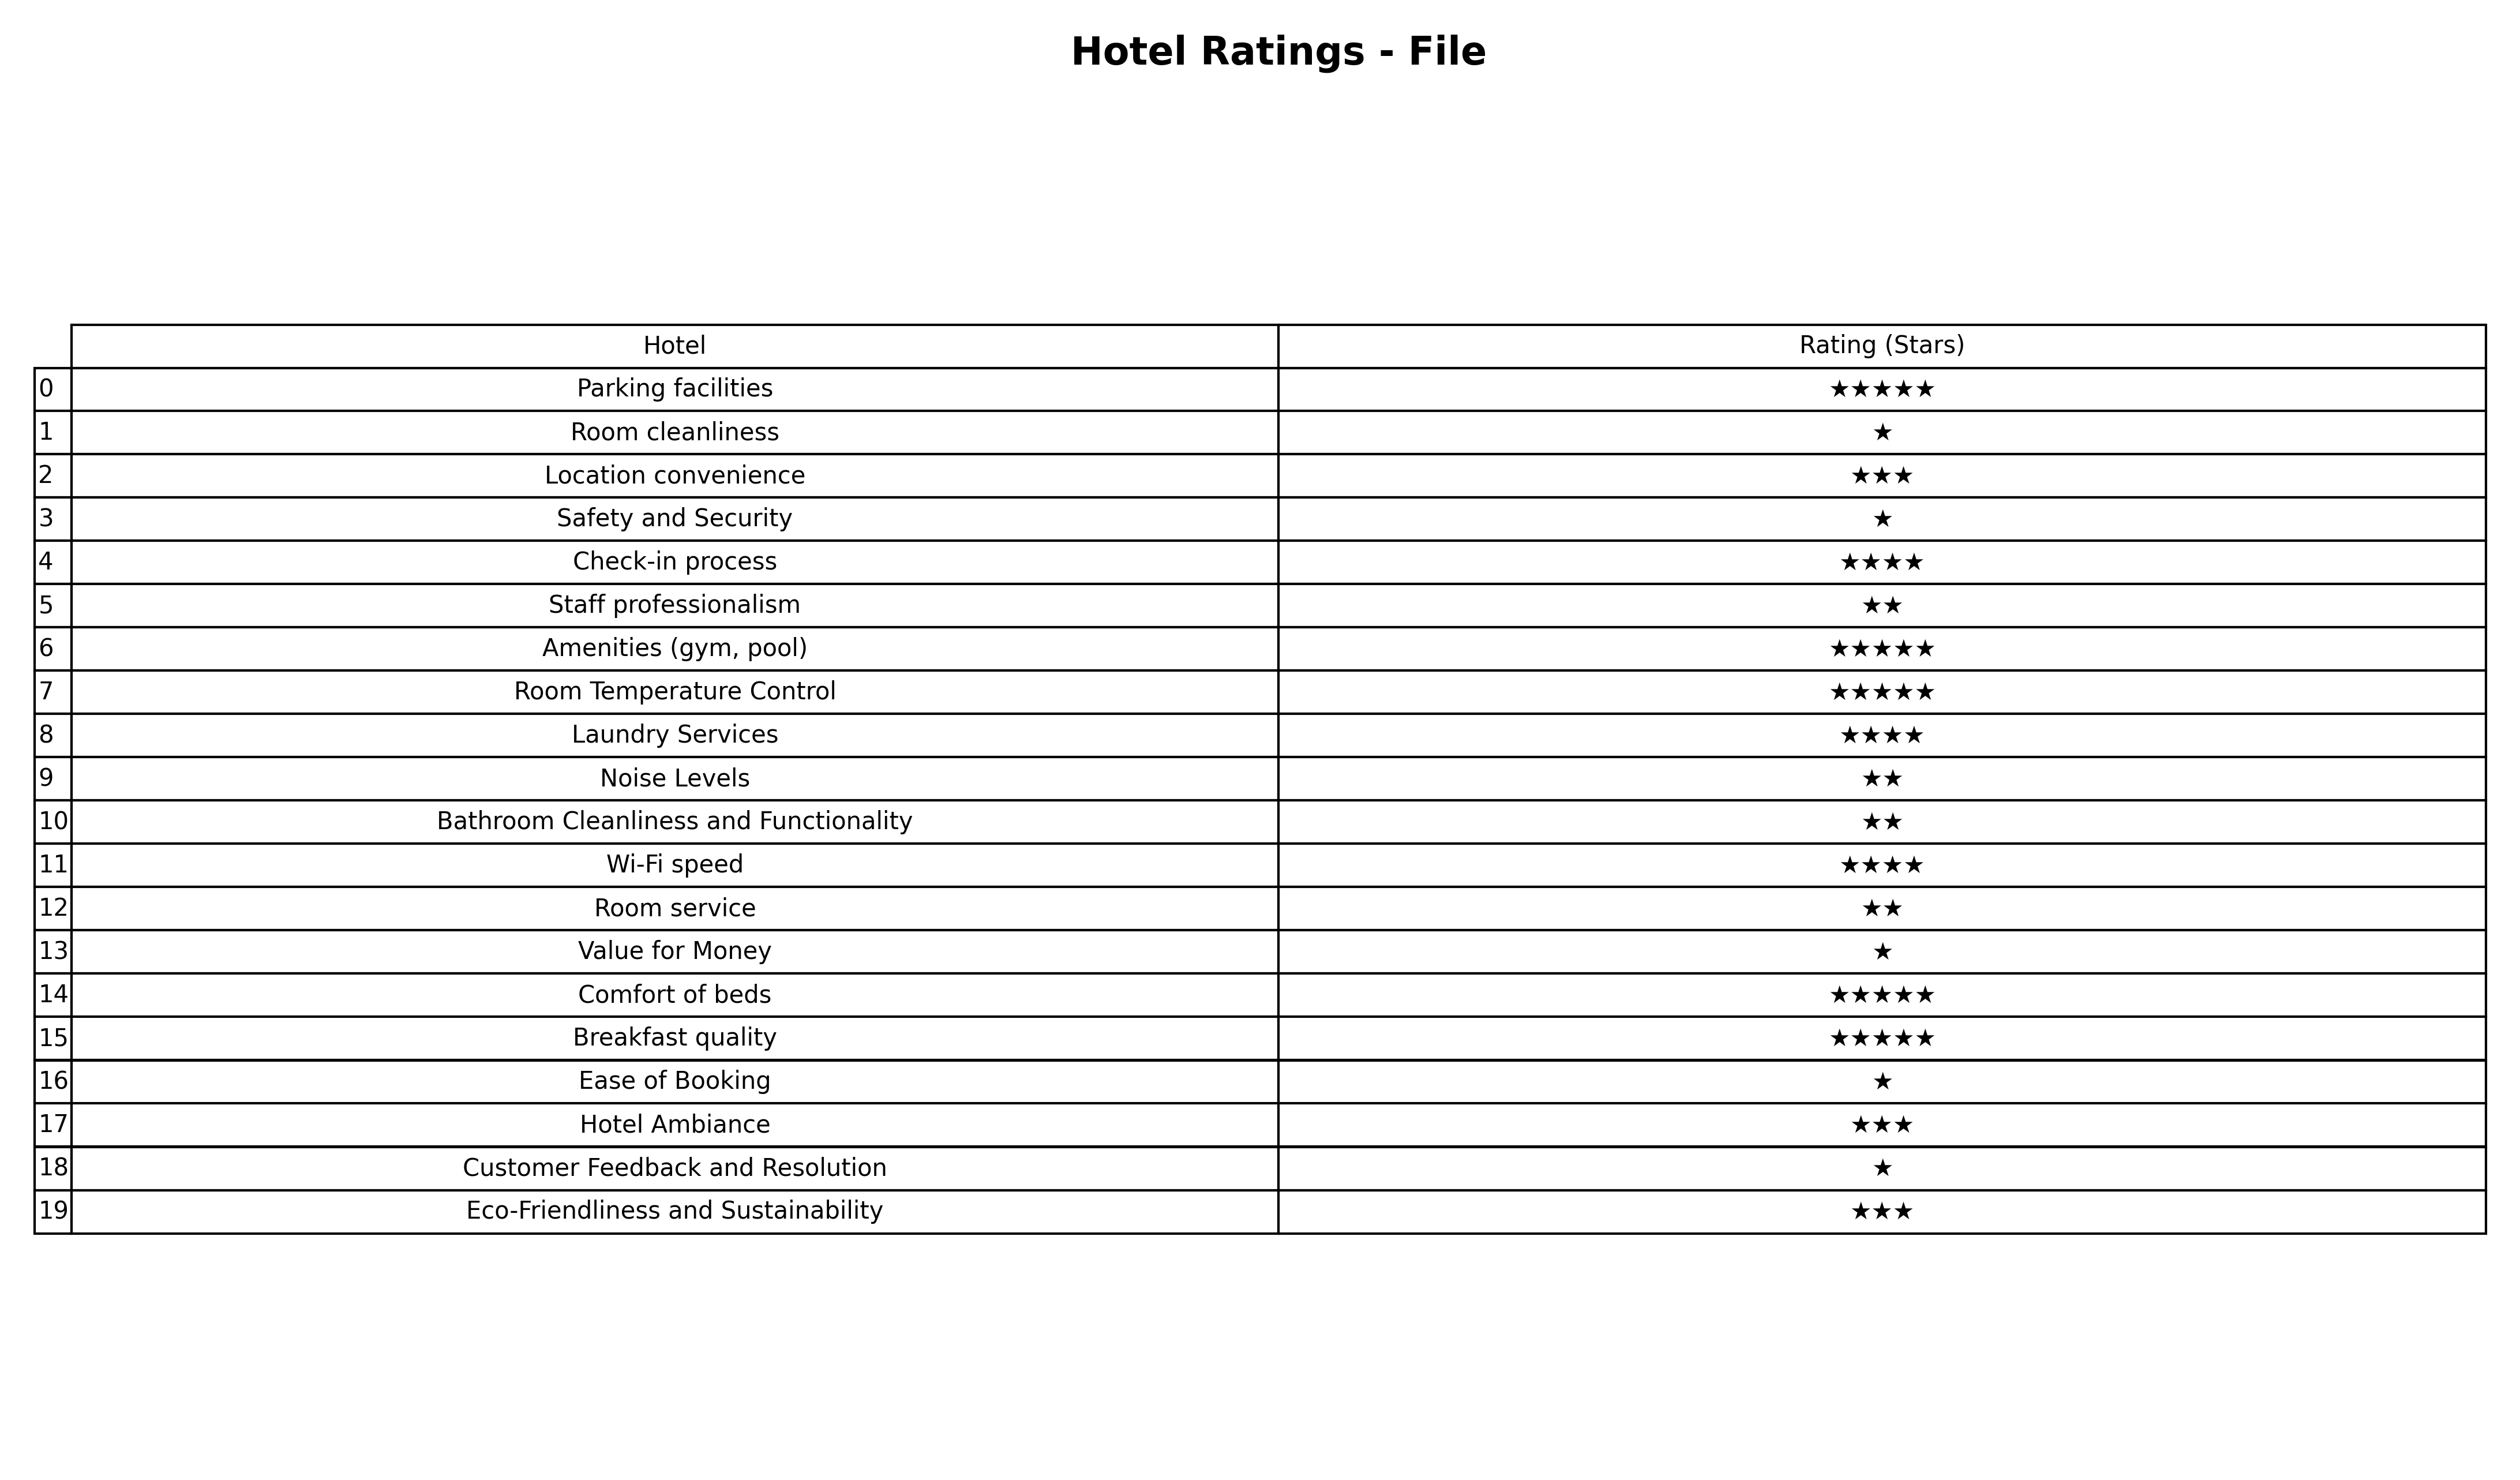
question: What are five star services?
answer: Parking facilitiesAmenities (gym, pool)Room Temperature ControlComfort of bedsBreakfast quality